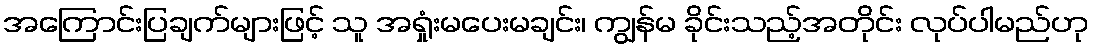
အကြောင်းပြချက်များဖြင့် သူ အရှုံးမပေးမချင်း၊ ကျွန်မ ခိုင်းသည့်အတိုင်း လုပ်ပါမည်ဟု